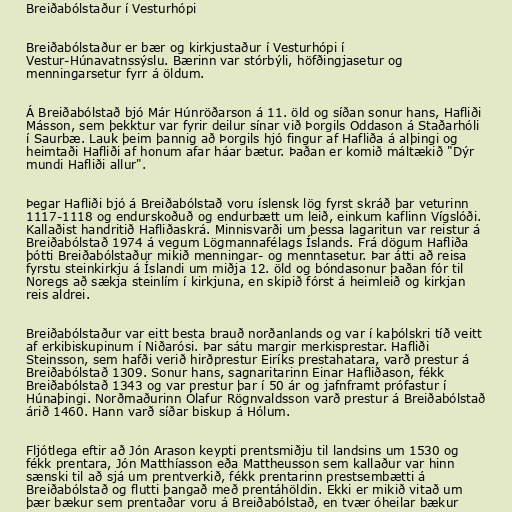
Breiðabólstaður í Vesturhópi

Breiðabólstaður er bær og kirkjustaður í Vesturhópi í
Vestur-Húnavatnssýslu. Bærinn var stórbýli, höfðingjasetur og
menningarsetur fyrr á öldum.

Á Breiðabólstað bjó Már Húnröðarson á 11. öld og síðan sonur hans, Hafliði
Másson, sem þekktur var fyrir deilur sínar við Þorgils Oddason á Staðarhóli
í Saurbæ. Lauk þeim þannig að Þorgils hjó fingur af Hafliða á alþingi og
heimtaði Hafliði af honum afar háar bætur. Þaðan er komið máltækið "Dýr
mundi Hafliði allur".

Þegar Hafliði bjó á Breiðabólstað voru íslensk lög fyrst skráð þar veturinn
1117-1118 og endurskoðuð og endurbætt um leið, einkum kaflinn Vígslóði.
Kallaðist handritið Hafliðaskrá. Minnisvarði um þessa lagaritun var reistur á
Breiðabólstað 1974 á vegum Lögmannafélags Íslands. Frá dögum Hafliða
þótti Breiðabólstaður mikið menningar- og menntasetur. Þar átti að reisa
fyrstu steinkirkju á Íslandi um miðja 12. öld og bóndasonur þaðan fór til
Noregs að sækja steinlím í kirkjuna, en skipið fórst á heimleið og kirkjan
reis aldrei.

Breiðabólstaður var eitt besta brauð norðanlands og var í kaþólskri tíð veitt
af erkibiskupinum í Niðarósi. Þar sátu margir merkisprestar. Hafliði
Steinsson, sem hafði verið hirðprestur Eiríks prestahatara, varð prestur á
Breiðabólstað 1309. Sonur hans, sagnaritarinn Einar Hafliðason, fékk
Breiðabólstað 1343 og var prestur þar í 50 ár og jafnframt prófastur í
Húnaþingi. Norðmaðurinn Ólafur Rögnvaldsson varð prestur á Breiðabólstað
árið 1460. Hann varð síðar biskup á Hólum.

Fljótlega eftir að Jón Arason keypti prentsmiðju til landsins um 1530 og
fékk prentara, Jón Matthíasson eða Mattheusson sem kallaður var hinn
sænski til að sjá um prentverkið, fékk prentarinn prestsembætti á
Breiðabólstað og flutti þangað með prentáhöldin. Ekki er mikið vitað um
þær bækur sem prentaðar voru á Breiðabólstað, en tvær óheilar bækur